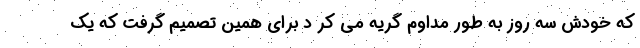
که خودش سه روز به طور مداوم گریه می کر د برای همین تصمیم گرفت که یک